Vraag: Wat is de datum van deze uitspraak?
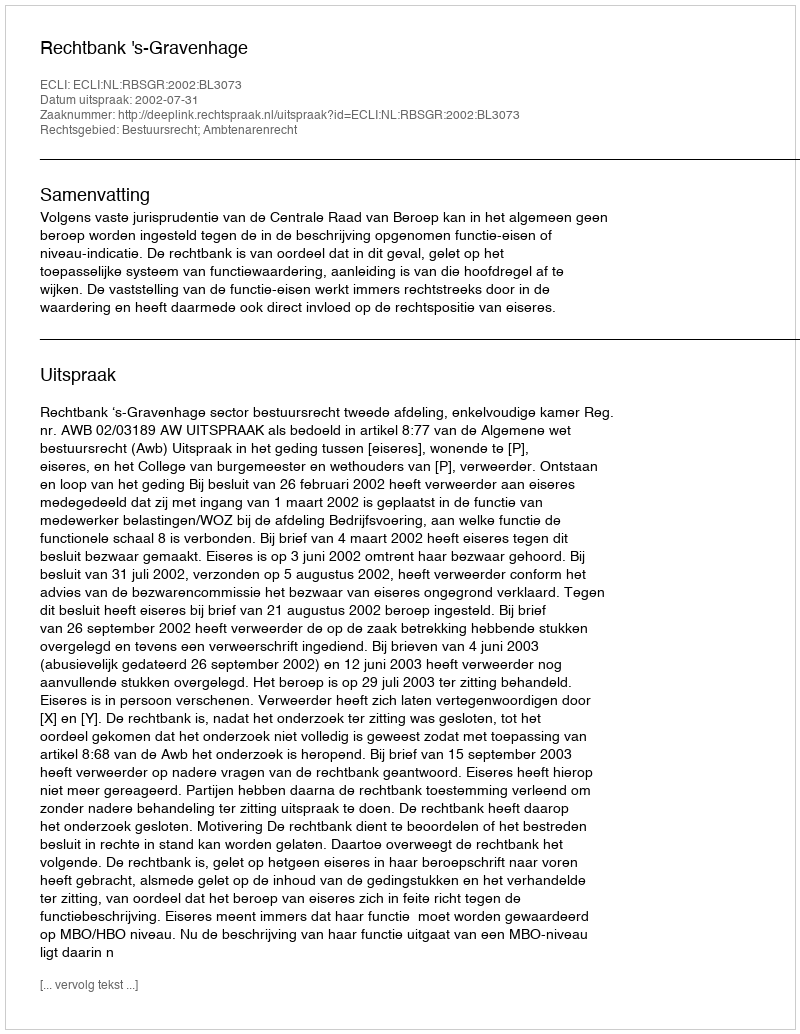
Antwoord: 2002-07-31